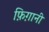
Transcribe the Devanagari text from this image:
फ़िग़ानी